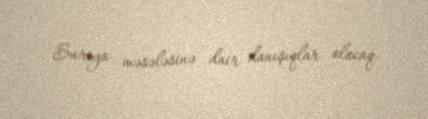
Suriya məsələsinə dair danışıqlar olacaq.